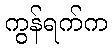
ကွန်ရက်က